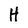
Character: H